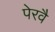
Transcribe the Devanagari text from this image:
पेरवै